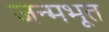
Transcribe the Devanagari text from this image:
जन्मभूत